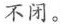
不闭。